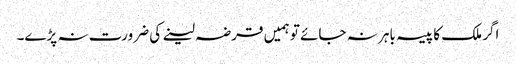
اگر ملک کا پیسہ باہر نہ جائے تو ہمیں قرضہ لینے کی ضرورت نہ پڑے۔